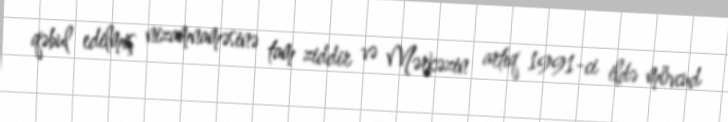
qəbul edilmiş nizamnaməsinə tam ziddir və Mərkəzin artıq 1991-ci ildə mövcud